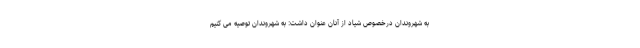
به شهروندان درخصوص شیاد از آنان عنوان داشت: به شهروندان توصیه می کنیم